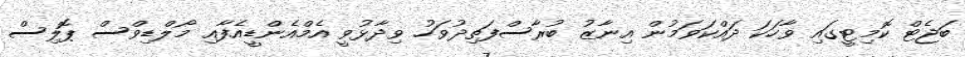
ބަޖެޓް ކޮމިޓީގައި ވާހަކަ ދައްކަވަމުން އިނާޒު ބުރާސްފަތިދުވަހު ވިދާޅުވީ އެމްއެންޑީއެފާއި މޯލްޑިވްސް ޕޮލިސް